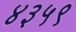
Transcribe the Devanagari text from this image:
४३५९